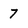
Character: 7